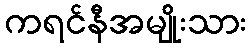
ကရင်နီအမျိုးသား